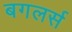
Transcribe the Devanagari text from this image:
बगलर्स